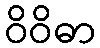
ဝိဝိဓာ